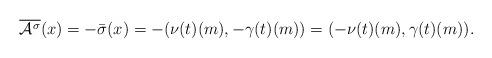
LaTeX: \begin{align*}\overline{\mathcal{A}^\sigma}(x)=-\bar\sigma(x)=-(\nu(t)(m),-\gamma(t)(m))=(-\nu(t)(m),\gamma(t)(m)).\end{align*}